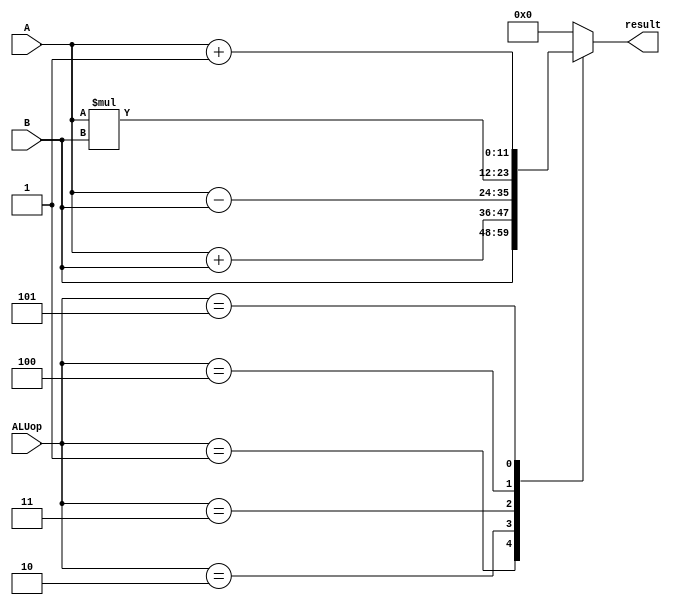
module ALU #(parameter WIDTH = 12) (ALUop, A, B, result);


input wire [2:0] ALUop;
input wire [WIDTH-1:0] A,B;
output reg [WIDTH-1:0] result;

// ALU operations and their control signals
localparam [2:0] 
clr  =  3'd0,   // result  0
pass =  3'd1,   // result  b
add  =  3'd2,   // result  a+b
sub  =  3'd3,   // result  a-b
mul  =  3'd4,   // result  a * b
inc  =  3'd5,   // result  result +1
idle =  3'd6;   // No operation

always @(*) begin
    case (ALUop)
        clr: result = {WIDTH{1'b0}};  
        pass: result = B;
        add: result = A + B;
        sub: result = A - B;
        mul: result = A * B;
        inc: result = A + 1'b1; // result = a + 1'b1; 
        idle: result = {WIDTH{1'b0}};
        default: result = {WIDTH{1'b0}};
    endcase
end
    
endmodule